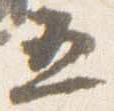
五